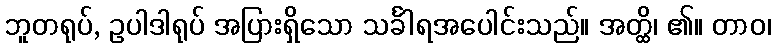
ဘူတရုပ်, ဥပါဒါရုပ် အပြားရှိသော သင်္ခါရအပေါင်းသည်။ အတ္ထိ၊ ၏။ တာဝ၊